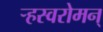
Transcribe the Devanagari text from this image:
र्‍हस्वरोमन्